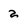
Character: 2